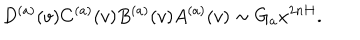
LaTeX: D ^ { ( a ) } ( v ) C ^ { ( a ) } ( v ) B ^ { ( a ) } ( v ) A ^ { ( a ) } ( v ) \sim G _ { a } x ^ { 2 n H } .